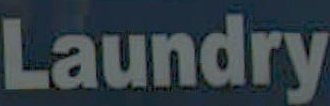
Laundry